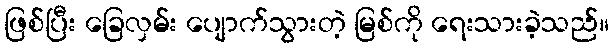
ဖြစ်ပြီး ခြေလှမ်း ပျောက်သွားတဲ့ မြစ်ကို ရေးသားခဲ့သည်။